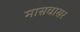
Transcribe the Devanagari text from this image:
मासवासर